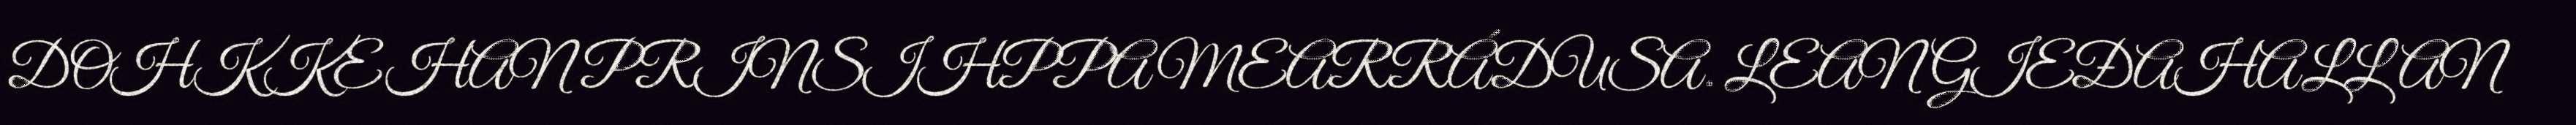
DOHKKEHAN PRINSIHPPAMEARRÁDUSA. LEAN GIEĐAHALLAN